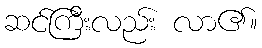
ဆင်ကြီးလည်း လာ၏။